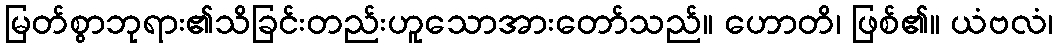
မြတ်စွာဘုရား၏သိခြင်းတည်းဟူသောအားတော်သည်။ ဟောတိ၊ ဖြစ်၏။ ယံဗလံ၊